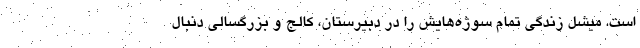
است. میشل زندگی تمام سوژه‌هایش را در دبیرستان، کالج و بزرگسالی دنبال